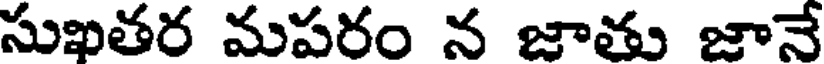
సుఖతర మపరం న జాతు జానే